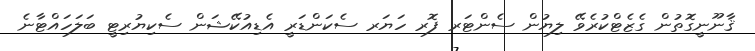
ޤާނޫނީގޮތުން ގެޒެޓްކުރެވޭ ލިޔުން ސެންޓަރ ފޮރ ހަޔަރ ސެކަންޑަރީ އެޑިއުކޭޝަން ސެކިޔުރިޓީ ބަލަހައްޓާނެ